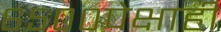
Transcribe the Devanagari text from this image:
६५००पेक्षाही